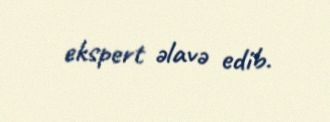
ekspert əlavə edib.